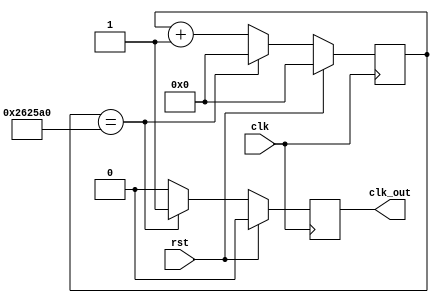
`timescale 1ns / 1ps
module clock_divisor_0_0_2_5s (clk, clk_out, rst);
output reg clk_out = 1'b0;
input clk, rst;
reg [31:0]count = 32'd0;
always@(posedge clk) begin
    if(rst) begin
        clk_out <= 0;
        count <= 0;
    end
    else if(count == 32'd2500000) begin
        count <= 32'd0;
        clk_out <= 1;
    end
    else begin
        clk_out <= 0;
        count <= count + 1'b1;
    end
end
endmodule